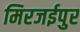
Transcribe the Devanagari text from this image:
मिरजईपुर